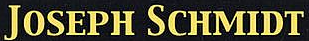
JOSEPH SCHMIDT